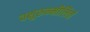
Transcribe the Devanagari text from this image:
चक्षुरुन्मीलितं